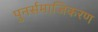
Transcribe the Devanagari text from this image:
पुनर्समाजिकरण